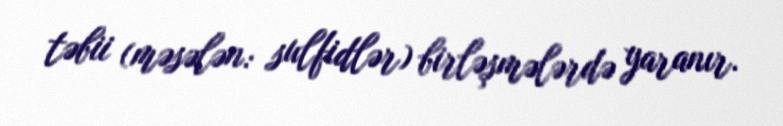
təbii (məsələn: sulfidlər) birləşmələrdə yaranır.